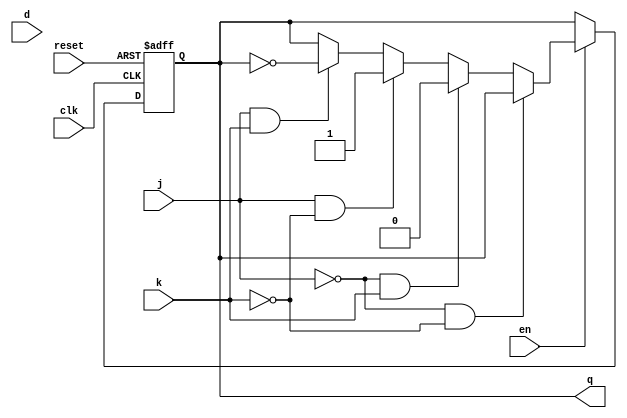
`timescale 1ns / 1ps
//////////////////////////////////////////////////////////////////////////////////
// Company: 
// Engineer: 
// 
// Design Name: 
// Module Name: JK_FF
// Project Name: 
// Target Devices: 
// Tool Versions: 
// Description: 
// 
// Dependencies: 
// 
// Revision:
// Revision 0.01 - File Created
// Additional Comments:
// 
//////////////////////////////////////////////////////////////////////////////////


module JK_FF(q,clk, d, reset, en , j, k);
input clk, d, reset, en, j, k;
output reg q;

always @( posedge clk, posedge reset)

begin 
 if (reset == 1)
     q <= 0;
  else if (en == 0)
      q <=q;
      else if ( j==0 && k== 0)
       q <= q;
       else if ( j==0 && k== 1)
         q <= 0;
       else if ( j==1&& k== 0)
         q <= 1;
        else if ( j== 1 && k== 1)
        q <= ~ q;
          else 
          q <= q;                             
 
end
endmodule


//module Tb_SR();
// reg clk, d, reset, en, s, r;
// wire q;
 
//  SR_FF inst1(q,clk, d, reset, en , s, r);
 
// initial
//begin 
//#00 d = 0; clk = 0; reset = 1;  en = 0;  s= 0; r = 0;
//#10 d = 1; clk = 1; reset = 0;  en = 1;  s= 1; r = 0;
//#10 d = 1; clk = 0; reset = 0;  en = 1;  s= 0; r = 1;
//#10 d = 0; clk = 1; reset = 0;  en = 0;  s= 1; r = 1;

//#10  $finish; 

//end
//endmodule